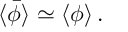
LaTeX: \langle \bar { \phi } \rangle \simeq \langle \phi \rangle \, .